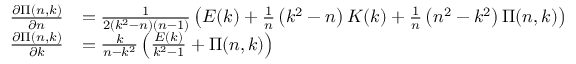
{ \begin{array} { r l } { { \frac { \partial \Pi ( n , k ) } { \partial n } } } & { = { \frac { 1 } { 2 \left( k ^ { 2 } - n \right) ( n - 1 ) } } \left( E ( k ) + { \frac { 1 } { n } } \left( k ^ { 2 } - n \right) K ( k ) + { \frac { 1 } { n } } \left( n ^ { 2 } - k ^ { 2 } \right) \Pi ( n , k ) \right) } \\ { { \frac { \partial \Pi ( n , k ) } { \partial k } } } & { = { \frac { k } { n - k ^ { 2 } } } \left( { \frac { E ( k ) } { k ^ { 2 } - 1 } } + \Pi ( n , k ) \right) } \end{array} }